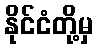
နိုင်ငံတို့မှ